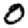
Digit: 0